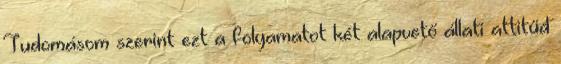
Tudomásom szerint ezt a folyamatot két alapvető állati attitűd